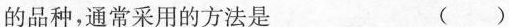
的品种，通常采用的方法是 ()